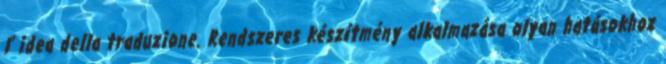
l' idea della traduzione. Rendszeres készítmény alkalmazása olyan hatásokhoz